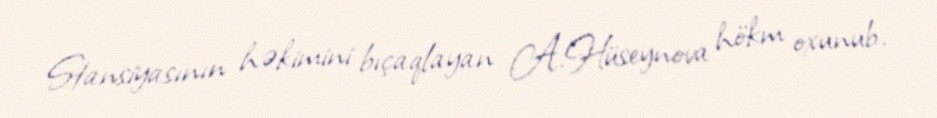
Stansiyasının həkimini bıçaqlayan A.Hüseynova hökm oxunub.